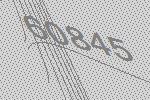
60845